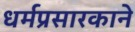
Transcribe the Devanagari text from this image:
धर्मप्रसारकाने